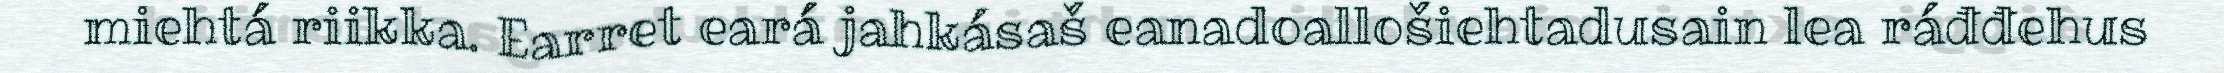
miehtá riikka. Earret eará jahkásaš eanadoallošiehtadusain lea ráđđehus